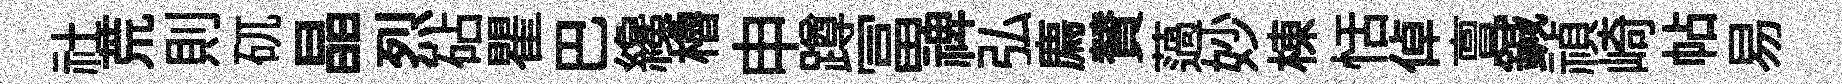
社荒則矹晶烈砧瞿巴纔櫓申蹲冨禆弘廌賛薖妙棟恬倬亶鍼禎崎帖易